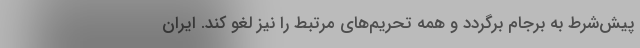
پیش‌شرط به برجام برگردد و همه تحریم‌های مرتبط را نیز لغو کند. ایران